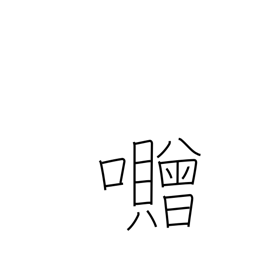
Meaning: used in place names